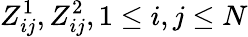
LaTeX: Z_{ij}^{1},Z_{ij}^{2},1\leq i,j\leq N